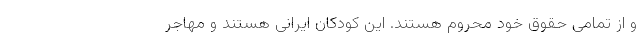
و از تمامی حقوق خود محروم هستند. این کودکان ایرانی هستند و مهاجر